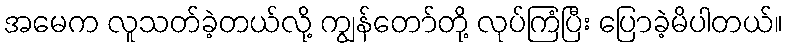
အမေက လူသတ်ခဲ့တယ်လို့ ကျွန်တော်တို့ လုပ်ကြံပြီး ပြောခဲ့မိပါတယ်။